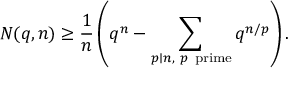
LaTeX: N ( q , n ) \geq { \frac { 1 } { n } } \left( q ^ { n } - \sum _ { p \mid n , \ p { \mathrm { ~ p r i m e } } } q ^ { n / p } \right) .